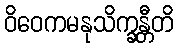
ဝိဝေကမနုသိက္ခန္တီတိ